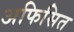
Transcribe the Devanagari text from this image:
अफिसित